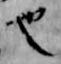
也